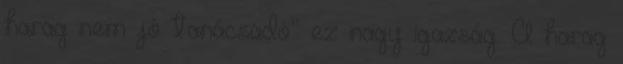
harag nem jó tanácsadó” ez nagy igazság. A harag